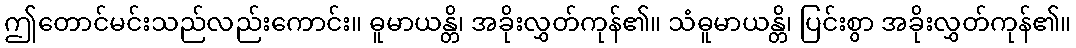
ဤတောင်မင်းသည်လည်းကောင်း။ ဓူမာယန္တိ၊ အခိုးလွှတ်ကုန်၏။ သံဓူမာယန္တိ၊ ပြင်းစွာ အခိုးလွှတ်ကုန်၏။